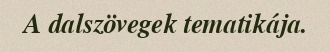
A dalszövegek tematikája.